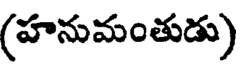
(హనుమంతుడు)